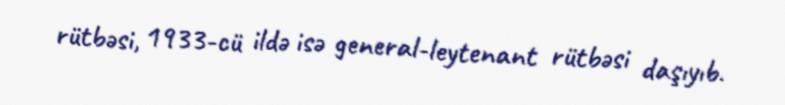
rütbəsi, 1933-cü ildə isə general-leytenant rütbəsi daşıyıb.